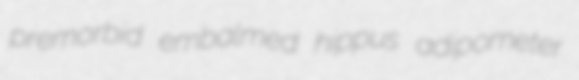
premorbid embalmed hippus adipometer